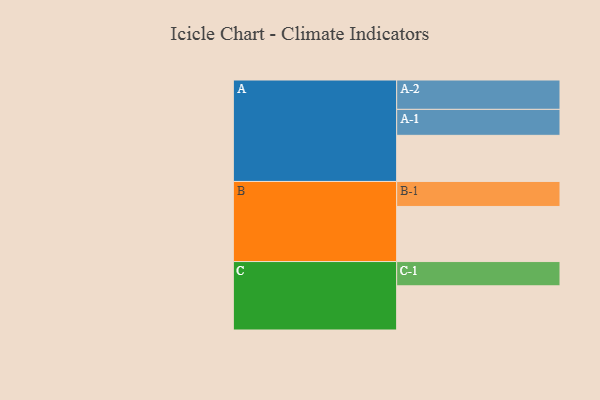
{"axis": {"x": "Segment", "y": "Value"}, "legend": ["", "A", "B", "C"], "data": [{"x": "A", "y": 380, "type": ""}, {"x": "B", "y": 454, "type": ""}, {"x": "C", "y": 364, "type": ""}, {"x": "A-1", "y": 214, "type": "A"}, {"x": "A-2", "y": 242, "type": "A"}, {"x": "B-1", "y": 206, "type": "B"}, {"x": "C-1", "y": 200, "type": "C"}]}